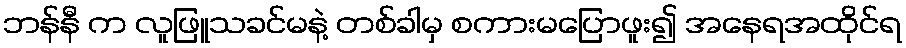
ဘန်နီ က လူဖြူသခင်မနဲ့ တစ်ခါမှ စကားမပြောဖူး၍ အနေရအထိုင်ရ